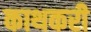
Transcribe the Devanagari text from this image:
काथकरी